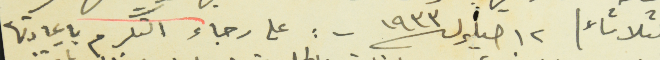
الثلاثاء / ايلول سنة ١٩٣٣ - : على رجاء التكرم باعادتها